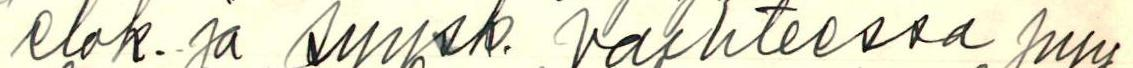
elok. ja syysk. vaihteessa pyy